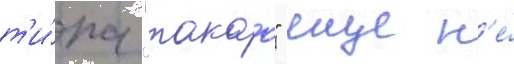
т'и́па "такао" еще н'е́